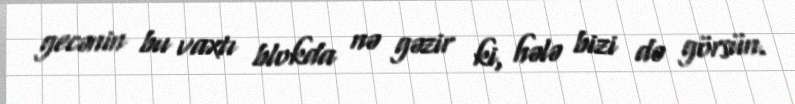
gecənin bu vaxtı blokda nə gəzir ki, hələ bizi də görsün.